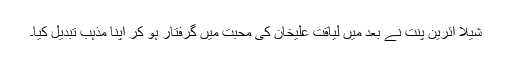
شیلا آئرین پنت نے بعد میں لیاقت علیخان کی محبت میں گرفتار ہو کر اپنا مذہب تبدیل کیا۔